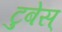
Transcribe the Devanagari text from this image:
टुबेस्